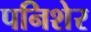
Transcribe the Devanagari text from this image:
पनिशेर